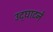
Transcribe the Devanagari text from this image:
उद्‌घाटने